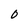
Character: 0